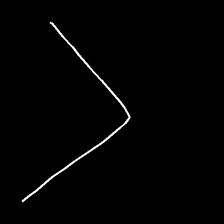
Glyph: region